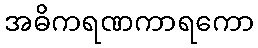
အဓိကရဏကာရကော